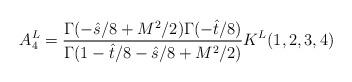
LaTeX: \begin{align*}A_4^{L} = {\Gamma(-\hat s/8+M^2/2)\Gamma(-\hat t/8) \over \Gamma(1-\hat t/8 -\hat s/8 +M^2/2)} K^L(1,2,3,4)\end{align*}